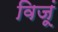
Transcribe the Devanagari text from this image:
विजूं